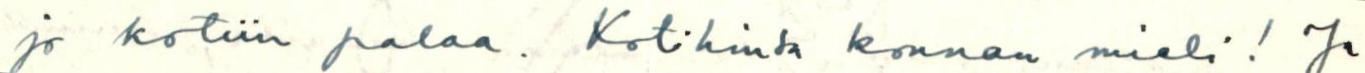
jo kotiin palaa. Kotihinsa konnan mieli! Ja